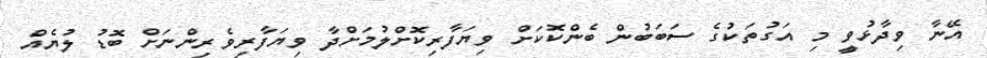
އޭނާ ވިދާޅުވީ މި އަގުތަކުގެ ސަބަބުން ބެންކޮކަށް ވިޔަފާރިކޮށްލުމަށްދާ ވިޔަފާރިވެރިންނަށް ބޮޑު ލުޔެއް